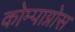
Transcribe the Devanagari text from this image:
कोम्पाग्नोस